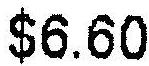
$6.60